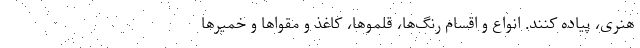
هنری، پیاده کنند. انواع و اقسام رنگ‌ها، قلموها، کاغذ و مقواها و خمیرها